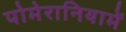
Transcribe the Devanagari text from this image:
पोमेरानियामें